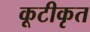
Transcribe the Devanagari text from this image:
कूटीकृत